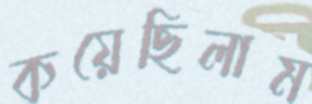
কয়েছিলাম